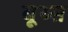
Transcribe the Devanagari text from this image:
बूथ्स